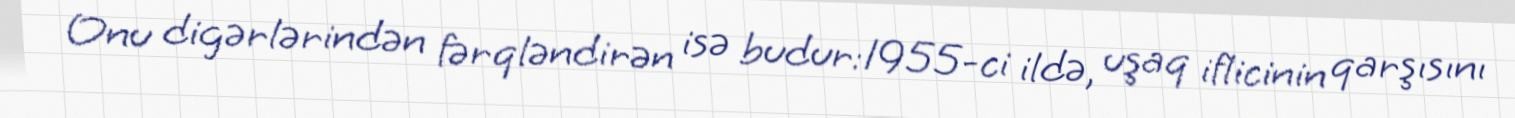
Onu digərlərindən fərqləndirən isə budur:1955-ci ildə, uşaq iflicinin qarşısını